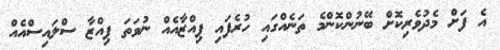
އެ ފަށް މެދުވެރިކޮށް ބޭނުންކޮންމެ ތަނެއްގައި ހުރެފައި ޕިއްޒާއެއް ނުވަތަ ޕިއްޒާ ސްލައިސްއެއް